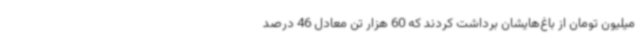
میلیون تومان از باغ‌هایشان برداشت کردند که 60 هزار تن معادل 46 درصد